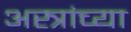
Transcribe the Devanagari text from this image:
अस्त्रांच्या